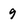
Character: 9